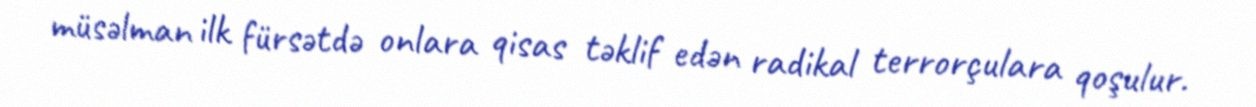
müsəlman ilk fürsətdə onlara qisas təklif edən radikal terrorçulara qoşulur.